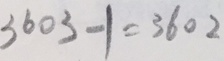
3 6 0 3 - 1 = 3 6 0 2